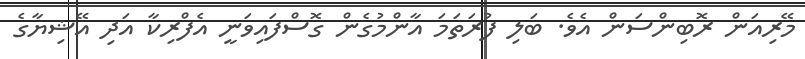
މޭރިއަން ރޮބިންސަން އެވެ. ބަލި ފުރަތަމަ އާންމުގެން ގޮސްފައިވަނީ އެފްރިކާ އަދި އޭޝިޔާގެ